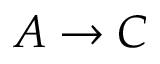
A \rightarrow C